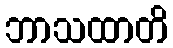
ဘာသထာတိ